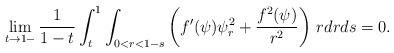
LaTeX: \begin{align*}\lim_{t\to1-}\frac{1}{1-t}\int_t^1\int_{0<r<1-s}\left(f'(\psi)\psi_r^2+\frac{f^2(\psi)}{r^2}\right)\,rdrds=0.\end{align*}